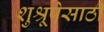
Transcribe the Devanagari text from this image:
शुश्रूषेसाठी